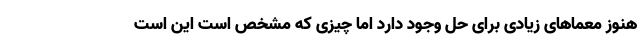
هنوز معماهای زیادی برای حل وجود دارد اما چیزی که مشخص است این است